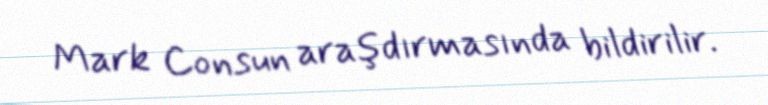
Mark Consun araşdırmasında bildirilir.